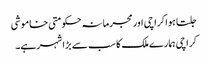
جلتا ہوا کراچی اور مجرمانہ حکومتی خاموشی
کراچی ہمارے ملک کا سب سے بڑا شہر ہے۔